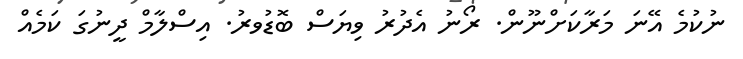
ނުކުމެ އޭނަ މަރާކަށްނޫން. ރޯނު އެދުރު ވިޔަސް ބޮޑުވރު. އިސްލާމް ދީނުގަ ކަމެއް